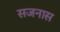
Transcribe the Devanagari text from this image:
सजनास